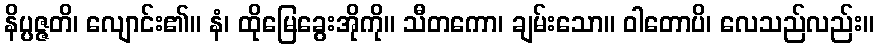
နိပ္ပဇ္ဇတိ၊ လျောင်း၏။ နံ၊ ထိုမြေခွေးအိုကို။ သီတကော၊ ချမ်းသော။ ဝါတောပိ၊ လေသည်လည်း။